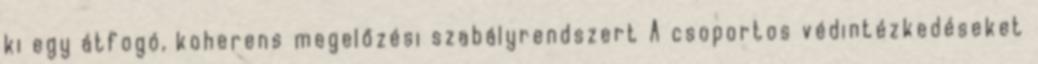
ki egy átfogó, koherens megelőzési szabályrendszert A csoportos védintézkedéseket